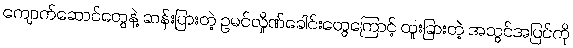
ကျောက်ဆောင်တွေနဲ့ ဆန်းပြားတဲ့ ဥမင်လှိုဏ်ခေါင်းတွေကြောင့် ထူးခြားတဲ့ အသွင်အပြင်ကို